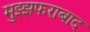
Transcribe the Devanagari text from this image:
मुझ्झफराबाद